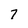
Character: 7